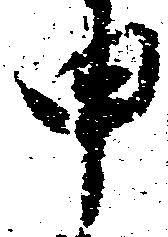
申